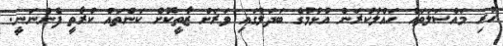
ހުރި މައްސަލަތައް ހައްލުކުރަން އުޅުމުގެ ބަދަލުގައި ވަރަށް ޒާތީކޮށް ކަންތައް ކުރާތީ ފެންނަނީ.